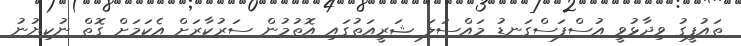
ތައުފީގު ވިދާޅުވީ އުސްފަސްގަނޑު މައްސަލަ ޝަރީއަތުގައި އޮތުމުން ސަރުކާރަށް އެކަމަށް ގޮތް ނުކިޔުނު